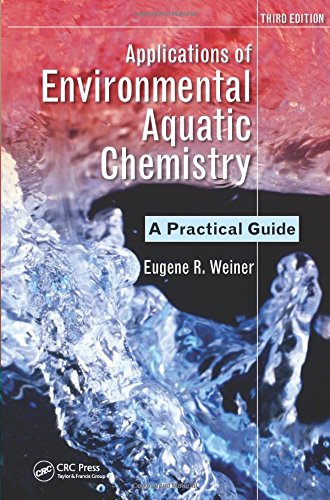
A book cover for Applications of Environmental Aquatic Chemistry: A Practical Guide, Third Edition; Eugene R. Weiner; Science & Math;